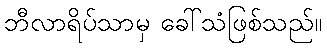
ဘီလာရိပ်သာမှ ခေါ်သံဖြစ်သည်။